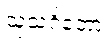
သုသင်္ဂတော